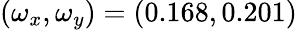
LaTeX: (\omega_{x},\omega_{y})=(0.168,0.201)